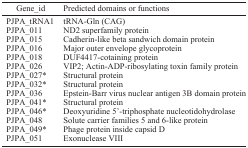
| Gene_id | Predicted domains or functions |
 | --- | --- |
 | PJPA_tRNA1 | tRNA-Gln (CAG) |
 | PJPA_011 | ND2 superfamily protein |
 | PJPA_015 | Cadherin-like beta sandwich domain protein |
 | PJPA_016 | Major outer envelope glycoprotein |
 | PJPA_018 | DUF4417-cotaining protein |
 | PJPA_026 | VIP2; Actin-ADP-ribosylating toxin family protein |
 | PJPA_027* | Structural protein |
 | PJPA_032* | Structural protein |
 | PJPA_036 | Epstein-Barr virus nuclear antigen 3B domain protein |
 | PJPA_041* | Structural protein |
 | PJPA_046* | Deoxyuridine 5′-triphosphate nucleotidohydrolase |
 | PJPA_048 | Solute carrier families 5 and 6-like protein |
 | PJPA_049* | Phage protein inside capsid D |
 | PJPA_051 | Exonuclease VIII |